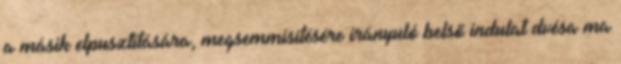
a másik elpusztítására, megsemmisítésére irányuló belső indulat dvésa ma